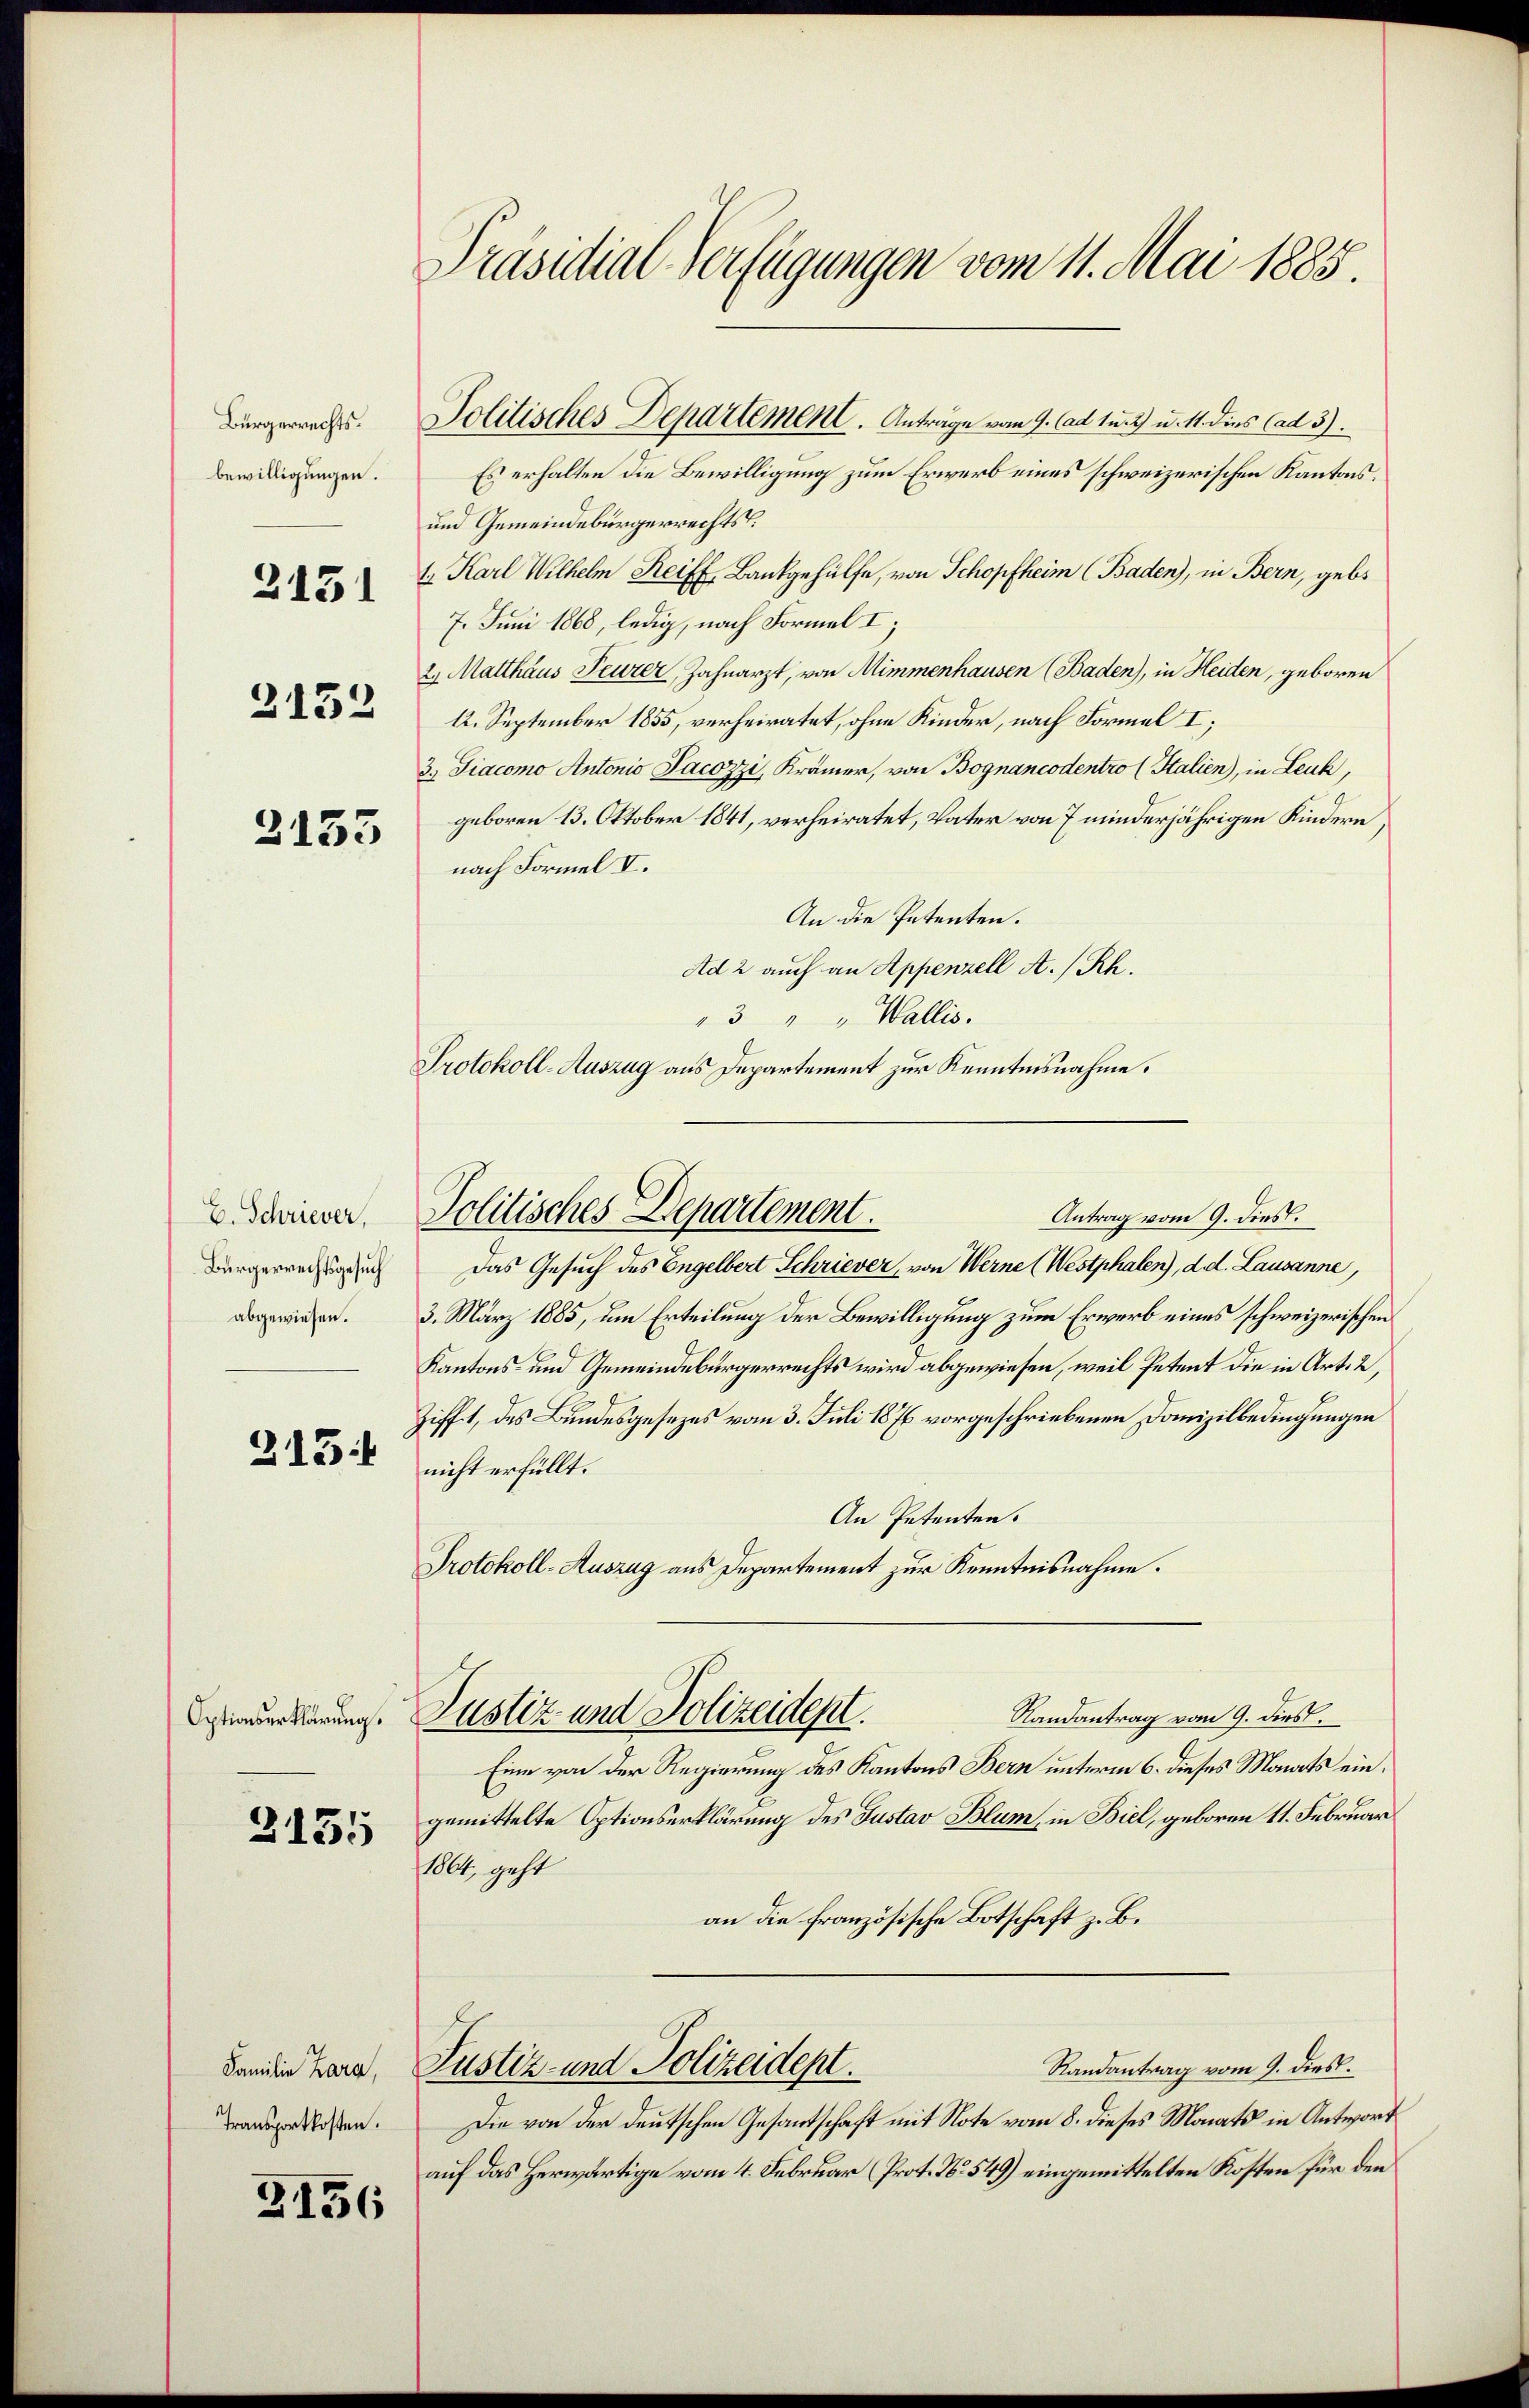
Bürgerrechts.
bewilligungen.
2152

2131

2153

E. Schriever,
Bürgerrechtsgesuch
abgewiesen.

215

Optionserklärung.

2155

Familie Zara,
Transportkosten.

2156

Präsidial-Verfügungen vom 11. Mai 1885.

Politisches Departement. Anträge vom 9. ad 1. 2) u. 11. dies (ad 3).
Es erhalten die Bewilligung zum Erwerb eines schweizerischen Kantons¬
und Gemeindebürgerrechts
t. Karl Wilhelm Reiff, Bankgehülfe, von Schopfheim (Baden), in Bern, gebo
7. Juni 1868, ledig, nach Formel I;
2. Matthaus Feurer, Zahnarzt, von Mimmenhausen (Baden), in Heiden, geboren
12. September 1855, verheiratet, ohne Kinder, nach Formel I;
3.) Diacomo Antonio Jacozzi, Krämer, von Bognancodentro (Italien), in Leuk,
geboren 13. Oktober 1841, verheiratet, Vater von 7 minderjährigen Kindern,
nach Formel V.
An die Petenten.
Ad 2 auch an Appenzell A. /Rh.
"3 " " Wallis.
Protokoll-Auszug aus Departement zur Kenntnisnahme.

Politisches Departement.
Antrag vom 9. dies.

Justiz und Polizeidept.

Das Gesuch des Engelbert Schriever, von Werne (Westphalen), d. d. Lausanne,
3. März 1885, um Erteilung der Bewilligung zum Erwerb eines schweizerischen
Kantons- und Gemeindebürgerrechts wird abgewiesen, weil Petent die in Art. 2,
Zifft, des Bundesgesezes vom 3. Juli 1876 vorgeschriebenen Domizilbedingungen
nicht erfüllt.
An Petenten.
Protokoll-Auszug aus Departement zur Kenntnisnahme.
Randantrag vom 9. dies
Eine von der Regierung des Kantons Bern unterm 6. dieses Monats eingemittelte Optionserklärung des Gustav Blum, in Biel, geboren 11. Februar
1864, geht
an die französische Botschaft z. B.
Randantrag vom 9. dies.
Justiz- und Polizeidept.
Die von der deutschen Gesantschaft mit Note vom 8. dieses Monats in Antwort
auf das Herwärtige vom 4. Februar (Prot. N. 549) eingemittelten Kosten für den